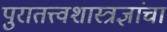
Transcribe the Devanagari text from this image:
पुरातत्त्वशास्त्रज्ञांचा